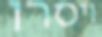
ויסרו